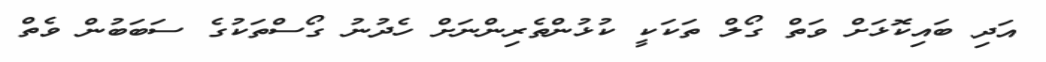
އަދި ބައިކޮޅަށް ވަތް ގޯލް ތަކަކީ ކުޅުންތެރިންނަށް ހެދުނު ގޯސްތަކުގެ ސަބަބުން ވެތް